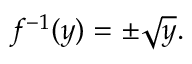
f ^ { - 1 } ( y ) = \pm { \sqrt { y } } .